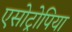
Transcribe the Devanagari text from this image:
एसोट्रोपिया